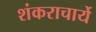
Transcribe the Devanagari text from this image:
शंकराचार्ये